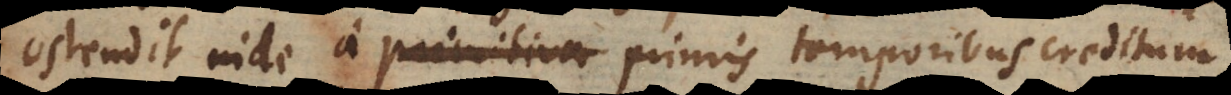
ostendit inde a primitiva primis temporibus creditum